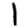
Digit: 1